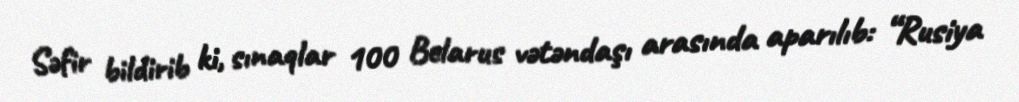
Səfir bildirib ki, sınaqlar 100 Belarus vətəndaşı arasında aparılıb: “Rusiya